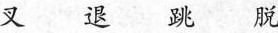
叉 退 跳 脱